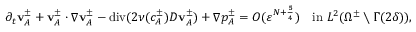
\partial _ { t } \mathbf { v } _ { A } ^ { \pm } + \mathbf { v } _ { A } ^ { \pm } \cdot \nabla \mathbf { v } _ { A } ^ { \pm } - \operatorname { d i v } ( 2 \nu ( c _ { A } ^ { \pm } ) D \mathbf { v } _ { A } ^ { \pm } ) + \nabla p _ { A } ^ { \pm } = O ( \ensuremath { \varepsilon } ^ { N + \frac 5 4 } ) \quad \mathrm { i n ~ } L ^ { 2 } ( \Omega ^ { \pm } \setminus \Gamma ( 2 \delta ) ) ,